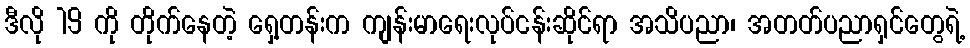
ဒီလို 19 ကို တိုက်နေတဲ့ ရှေ့တန်းက ကျန်းမာရေးလုပ်ငန်းဆိုင်ရာ အသိပညာ၊ အတတ်ပညာရှင်တွေရဲ့